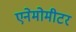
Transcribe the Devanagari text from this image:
एनेमोमीटर